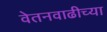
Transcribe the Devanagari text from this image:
वेतनवाढीच्या